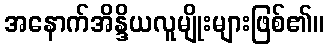
အနောက်အိန္ဒိယလူမျိုးများဖြစ်၏။